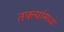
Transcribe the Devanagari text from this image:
तक्त्यांमध्ये